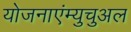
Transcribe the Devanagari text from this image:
योजनाएंम्युचुअल